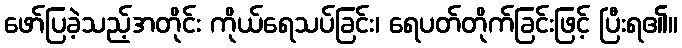
ဖော်ပြခဲ့သည့်အတိုင်း ကိုယ်ရေသပ်ခြင်း၊ ရေပတ်တိုက်ခြင်းဖြင့် ပြီးရ၏။